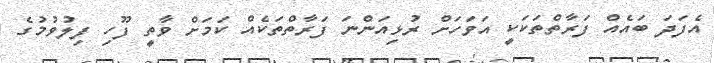
އެފަދަ ބައެއް ފަރާތްތަކަކީ އަވަހަށް ރުޅިއަންނަ ފަރާތްތަކެއް ކަމަށް ވާތީ ފޫހި ފިލުވުމުގެ